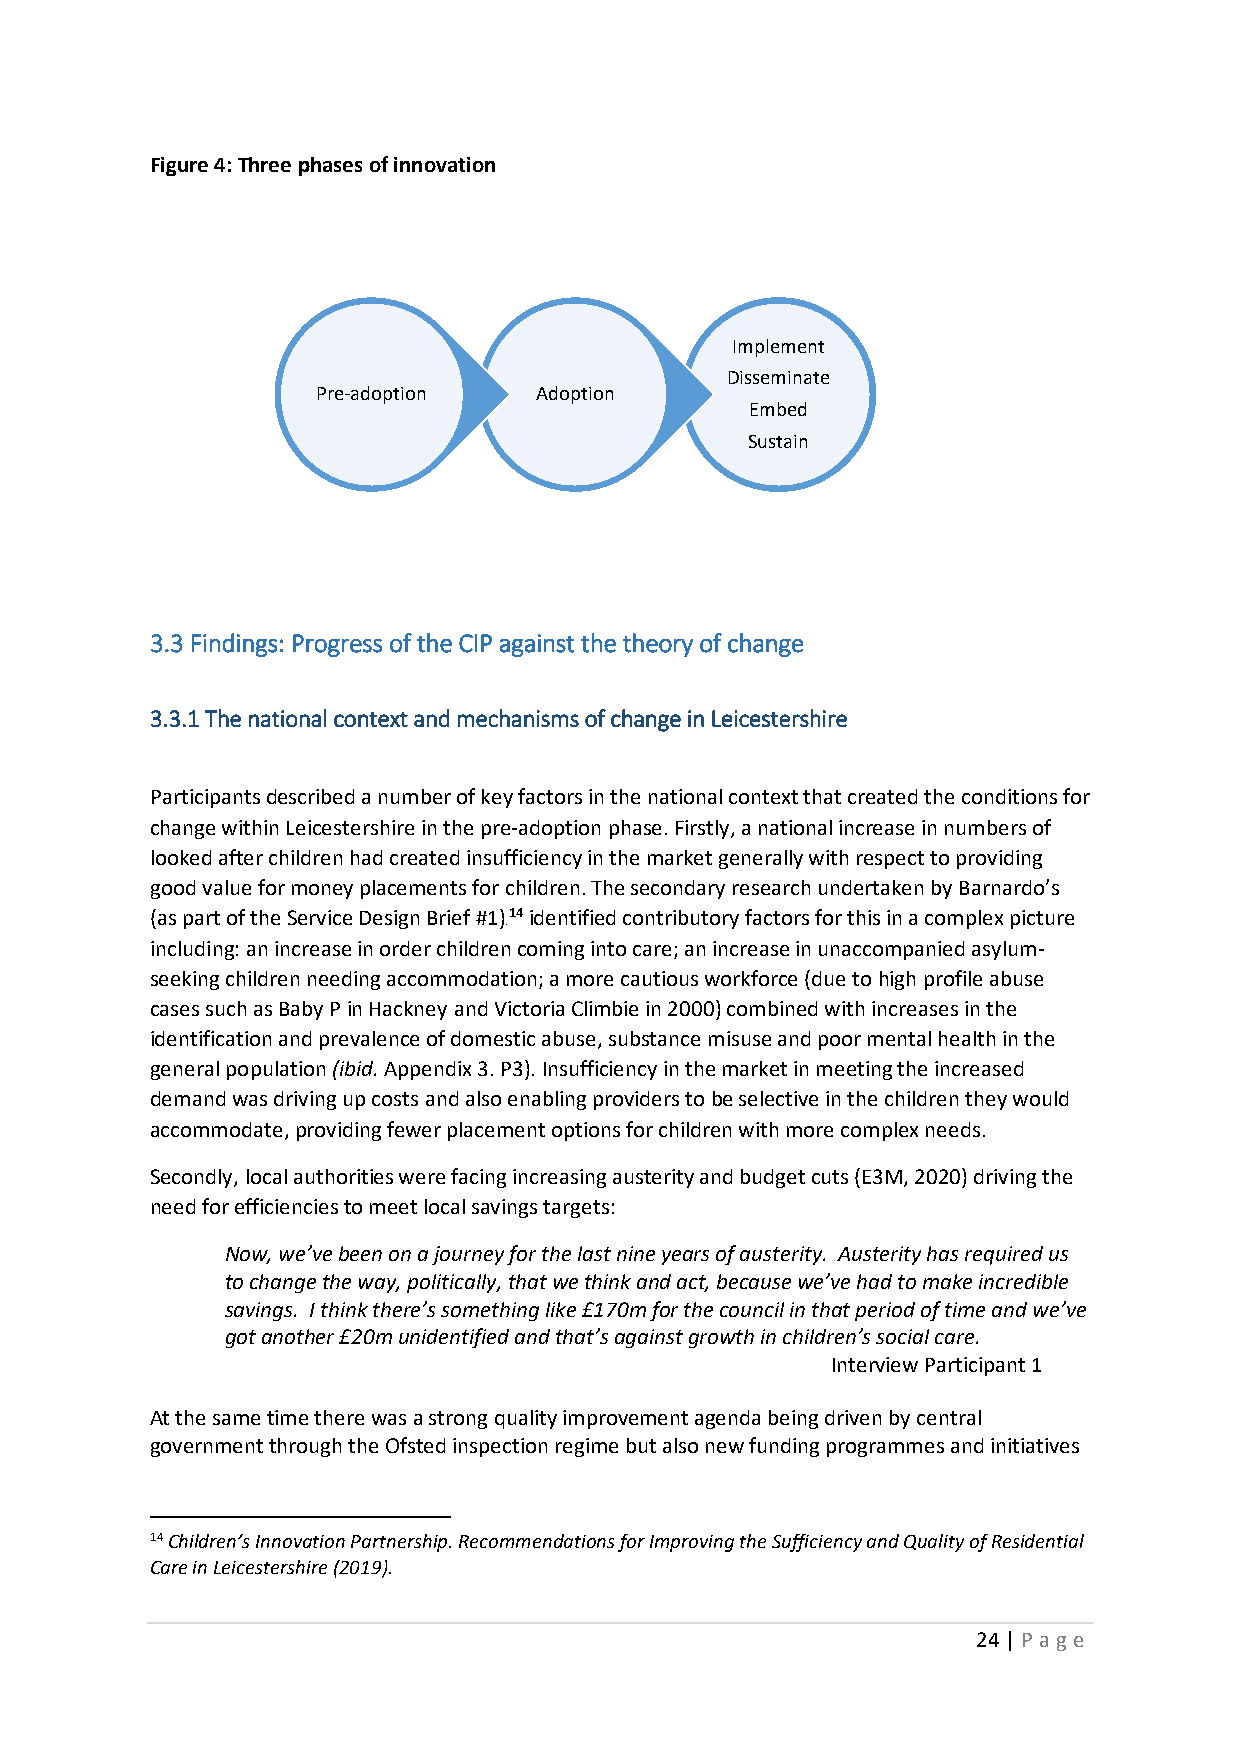
Figure 4: Three phases of innovation
 Implement
 Disseminate
 Pre-adoption  Adoption
 Embed
 Sustain
 3.3 Findings: Progress of the CIP against the theory of change
 3.3.1 The national context and mechanisms of change in Leicestershire
 Participants described a number of key factors in the national context that created the conditions for
 change within Leicestershire in the pre-adoption phase. Firstly, a national increase in numbers of
 looked after children had created insufficiency in the market generally with respect to providing
 good value for money placements for children. The secondary research undertaken by Barnardo’s
 (as part of the Service Design Brief #1)14 identified contributory factors for this in a complex picture
 13F
 including: an increase in order children coming into care; an increase in unaccompanied asylum-
 seeking children needing accommodation; a more cautious workforce (due to high profile abuse
 cases such as Baby P in Hackney and Victoria Climbie in 2000) combined with increases in the
 identification and prevalence of domestic abuse, substance misuse and poor mental health in the
 general population (ibid. Appendix 3. P3). Insufficiency in the market in meeting the increased
 demand was driving up costs and also enabling providers to be selective in the children they would
 accommodate, providing fewer placement options for children with more complex needs.
 Secondly, local authorities were facing increasing austerity and budget cuts (E3M, 2020) driving the
 need for efficiencies to meet local savings targets:
 Now, we’ve been on a journey for the last nine years of austerity. Austerity has required us
 to change the way, politically, that we think and act, because we’ve had to make incredible
 savings. I think there’s something like £170m for the council in that period of time and we’ve
 got another £20m unidentified and that’s against growth in children’s social care.
 Interview Participant 1
 At the same time there was a strong quality improvement agenda being driven by central
 government through the Ofsted inspection regime but also new funding programmes and initiatives
 14 Children’s Innovation Partnership. Recommendations for Improving the Sufficiency and Quality of Residential
 Care in Leicestershire (2019).
 24 | P age